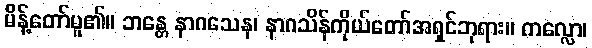
မိန့်တော်မူ၏။ ဘန္တေ နာဂသေန၊ နာဂသိန်ကိုယ်တော်အရှင်ဘုရား။ ကလ္လော၊